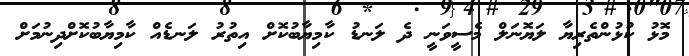
މޮޅު ކުޅުންތެރިޔާ ލަޔޮނަލް މެސީވަނީ ދެ ލަނޑު ކާމިޔާބުކޮށް އިތުރު ލަނޑެއް ކާމިޔާބުކޮށްދިނުމަށް